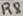
Text: R8